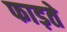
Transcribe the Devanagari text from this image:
फाड़ते